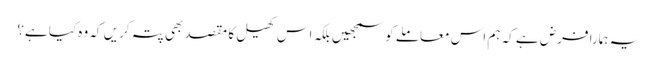
یہ ہمارا فرض ہے کہ ہم اس معاملے کو سمجھیں بلکہ اس کھیل کا مقصد بھی پتہ کریں کہ وہ کیا ہے؟